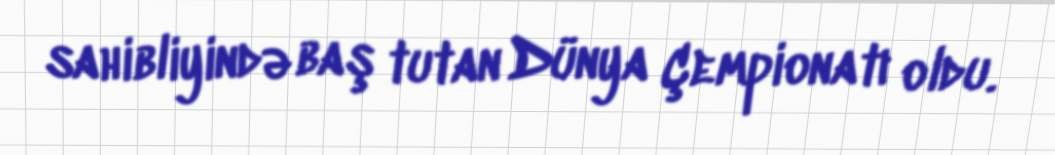
sahibliyində baş tutan Dünya Çempionatı oldu.